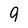
Character: 9